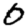
Digit: 0